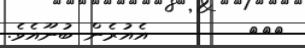
١١١        އެއުރެން ބުނޫއެވެ.